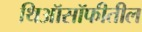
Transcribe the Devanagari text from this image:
थिऑसॉफीतील